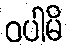
ဝပါမိ